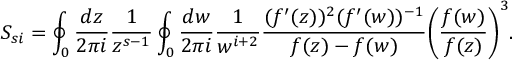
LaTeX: S _ { s i } = \oint _ { 0 } { \frac { d z } { 2 \pi i } } { \frac { 1 } { z ^ { s - 1 } } } \oint _ { 0 } { \frac { d w } { 2 \pi i } } { \frac { 1 } { w ^ { i + 2 } } } { \frac { ( f ^ { \prime } ( z ) ) ^ { 2 } ( f ^ { \prime } ( w ) ) ^ { - 1 } } { f ( z ) - f ( w ) } } \biggl ( { \frac { f ( w ) } { f ( z ) } } \biggr ) ^ { 3 } .